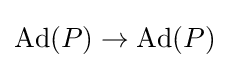
\operatorname {Ad} (P)\rightarrow \operatorname {Ad} (P)